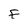
Character: f